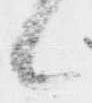
候